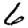
Digit: 6